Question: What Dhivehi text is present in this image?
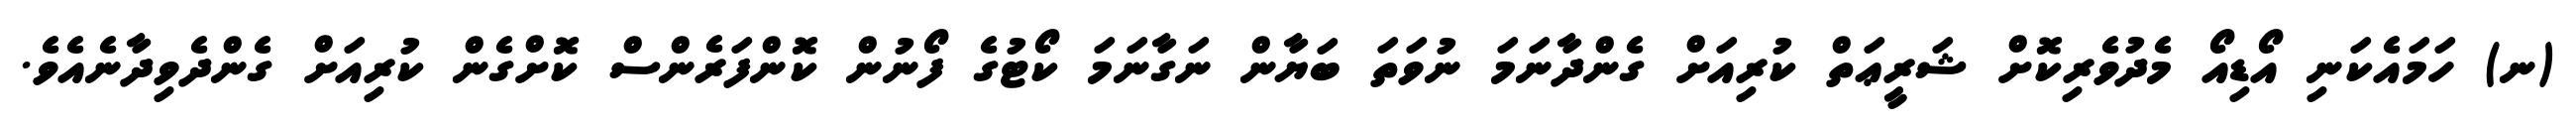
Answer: (ނ) ހަމައެކަނި އޯޑިއޯ މެދުވެރިކޮށް ޝަރީޢަތް ކުރިއަށް ގެންދާނަމަ ނުވަތަ ބަޔާން ނަގާނަމަ ކޯޓުގެ ފޯނުން ކޮންފަރެންސް ކޮށްގެން ކުރިއަށް ގެންދެވިދާނެއެވެ.